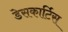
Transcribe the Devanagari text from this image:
डेसकार्टिस